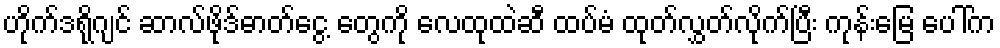
ဟိုက်ဒရိုဂျင် ဆာလ်ဖိုဒ်ဓာတ်ငွေ့ တွေကို လေထုထဲဆီ ထပ်မံ ထုတ်လွှတ်လိုက်ပြီး ကုန်းမြေ ပေါ်က